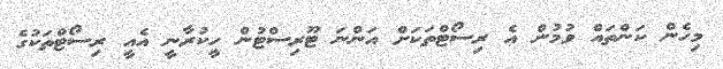
މިހެން ކަންތައް ވުމުން އެ ރިސޯޓްތަކަށް އަންނަ ޓޫރިސްޓުން ހީކުރާނީ އެއީ ރިސޯޓްތަކުގެ